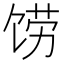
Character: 𲋦